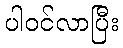
ပါဝင်လာပြီး